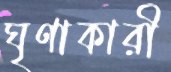
ঘৃণাকারী